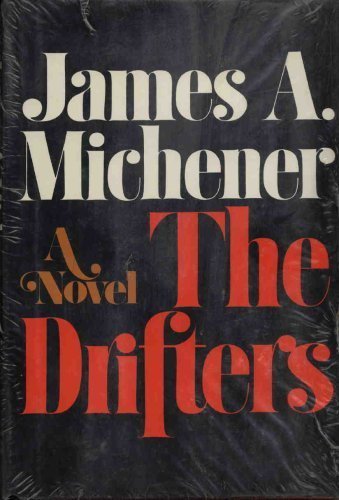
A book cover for The Drifters; James A. Michener; Politics & Social Sciences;